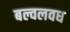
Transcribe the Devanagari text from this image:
बल्वलवध